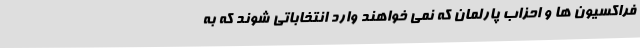
فراکسیون ها و احزاب پارلمان که نمی خواهند وارد انتخاباتی شوند که به